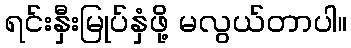
ရင်းနှီးမြုပ်နှံဖို့ မလွယ်တာပါ။